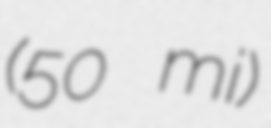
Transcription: (50 mi)